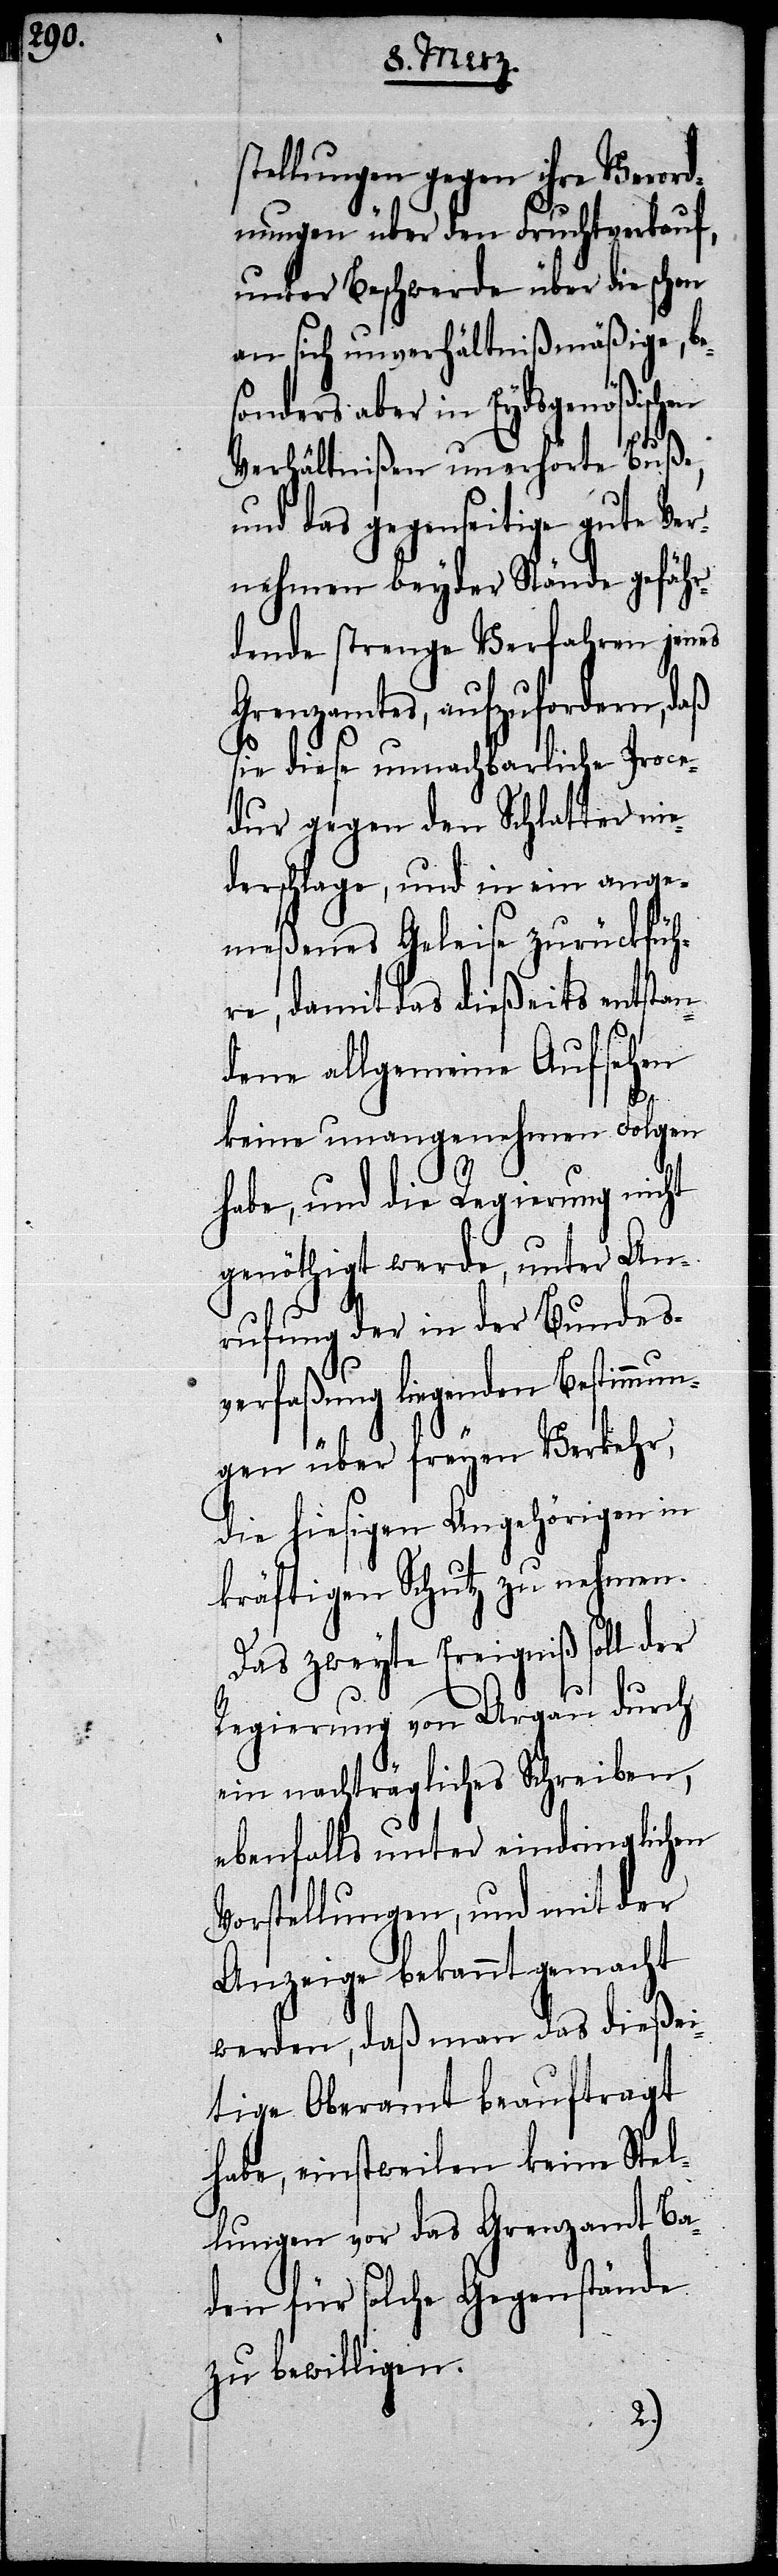
tellungen gegen ihre Verord¬
nungen über den Fruchtverkauf,
unter Beschwerde über die schon
an sich unverhältnißmäßige, be¬
sonders aber in Eydsgenößischen
s¬
Verhältnißen unerhörte Buße,
und das gegenseitige gute Ver¬
nehmen beyder Stände gefähr¬
dende strenge Verfahren jenes
Grenzamtes, aufzufordern, daß
sie diese unnachbarliche Proce¬
dur gegen den Schlatter nie¬
derschlage, und in ein ange¬
meßenes Geleise zurückfüh¬
re, damit das dießeits entstan¬
dene allgemeine Aufsehen
keine unangenehmen Folgen
habe, und die Regierung nicht
genöthigt werde, unter An¬
rufung der in der Bundes¬
verfaßung liegenden Bestimmun¬
gen über freyen Verkehr,
die hiesigen Angehörigen in
kräftigen Schutz zu nehmen.
Das zweyte Ereigniß soll der
Regierung von Argau durch
ein nachträgliches Schreiben,
ebenfalls unter eindringlichen
Vorstellungen, und mit der
Anzeige bekannt gemacht
werden, daß man das dießei¬
tige Oberamt beauftragt
habe, einstweilen keine Stel¬
lungen vor das Grenzamt Ba¬
den für solche Gegenstände
zu bewilligen.